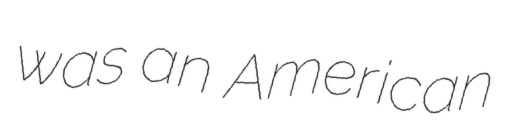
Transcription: was an American